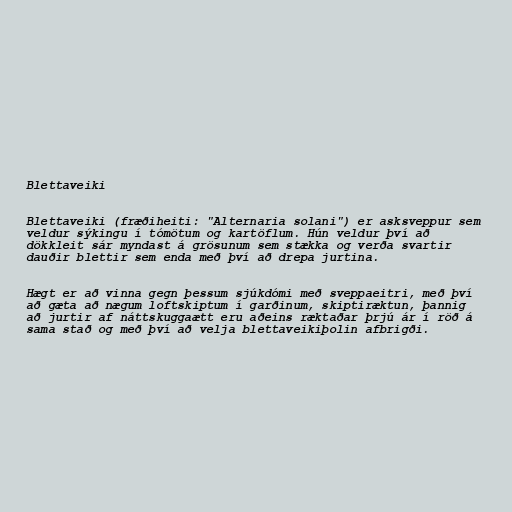
Blettaveiki

Blettaveiki (fræðiheiti: "Alternaria solani") er asksveppur sem
veldur sýkingu í tómötum og kartöflum. Hún veldur því að
dökkleit sár myndast á grösunum sem stækka og verða svartir
dauðir blettir sem enda með því að drepa jurtina.

Hægt er að vinna gegn þessum sjúkdómi með sveppaeitri, með því
að gæta að nægum loftskiptum í garðinum, skiptiræktun, þannig
að jurtir af náttskuggaætt eru aðeins ræktaðar þrjú ár í röð á
sama stað og með því að velja blettaveikiþolin afbrigði.